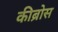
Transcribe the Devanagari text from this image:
कीब्रोस